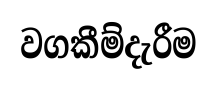
වගකීම්දැරීම